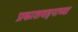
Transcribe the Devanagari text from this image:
प्रकाशवहनाच्या